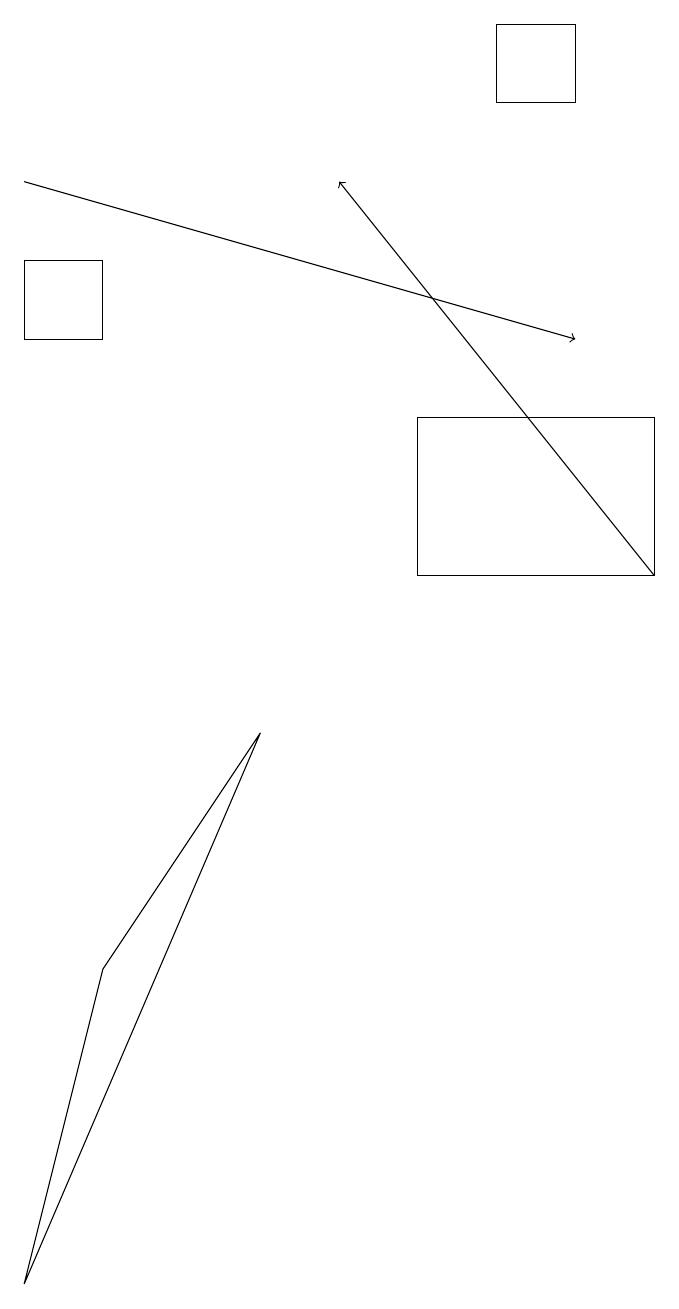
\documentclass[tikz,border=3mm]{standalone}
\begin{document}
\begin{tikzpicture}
\draw (0,1) -- (3,8) -- (1,5) -- cycle;
\draw (7,17) rectangle (6,16);
\draw[->] (0,15) -- (7,13);
\draw (1,14) rectangle (0,13);
\draw (8,12) rectangle (5,10);
\draw[->] (8,10) -- (4,15);
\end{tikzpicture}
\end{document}